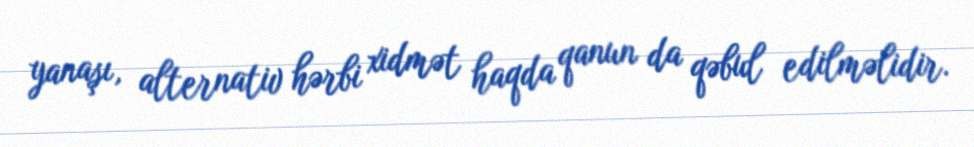
yanaşı, alternativ hərbi xidmət haqda qanun da qəbul edilməlidir.